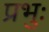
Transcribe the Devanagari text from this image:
प्रभुः